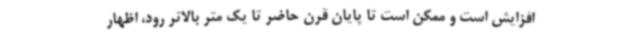
افزایش است و ممکن است تا پایان قرن حاضر تا یک متر بالاتر رود، اظهار